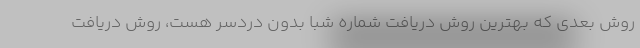
روش بعدی که بهترین روش دریافت شماره شبا بدون دردسر هست، روش دریافت